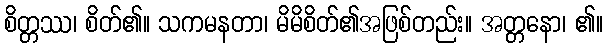
စိတ္တဿ၊ စိတ်၏။ သကမနတာ၊ မိမိစိတ်၏အဖြစ်တည်း။ အတ္တနော၊ ၏။